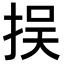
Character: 𢫸